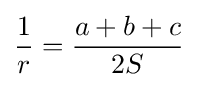
{\frac {1}{r}}={\frac {a+b+c}{2S}}